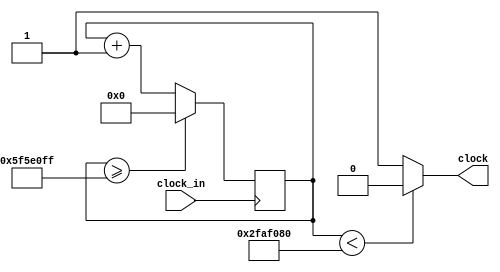
module clock_wizard(clock_in,clock
    );
input clock_in; // input clock on FPGA
output clock; // output clock after dividing the input clock by divisor
reg[31:0] counter=32'd0;
parameter DIVISOR = 32'd100000000;
// The frequency of the output clk_out
//  = The frequency of the input clk_in divided by DIVISOR
// For example: Fclk_in = 50Mhz, if you want to get 1Hz signal to blink LEDs
// You will modify the DIVISOR parameter value to 32'd50.000.000
// Then the frequency of the output clk_out = 50Mhz/50.000.000 = 1Hz
always @(posedge clock_in)
begin
 counter <= counter + 32'd1;
 if(counter>=(DIVISOR-1))
  counter <= 32'd0;
end
assign clock = (counter<DIVISOR/2)?1'b0:1'b1;
endmodule